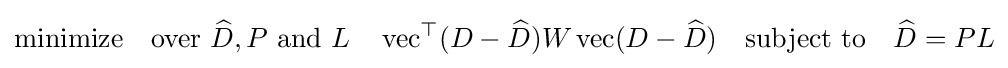
{\text{minimize}}\quad {\text{over }}{\widehat {D}},P{\text{ and }}L\quad \operatorname {vec} ^{\top }(D-{\widehat {D}})W\operatorname {vec} (D-{\widehat {D}})\quad {\text{subject to}}\quad {\widehat {D}}=PL